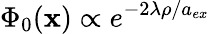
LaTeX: \Phi_{0}({\mathbf x})\propto e^{-2\lambda\rho/a_{ex}}